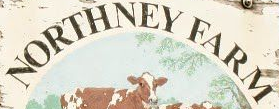
NORTHNEY FARM